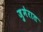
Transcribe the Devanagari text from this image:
ज़ुमेरात